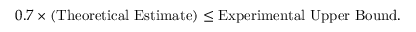
0 . 7 \times ( \mathrm { T h e o r e t i c a l ~ E s t i m a t e } ) \leq \mathrm { E x p e r i m e n t a l ~ U p p e r ~ B o u n d } .